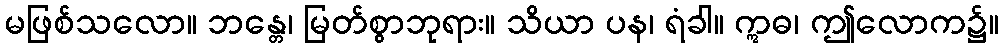
မဖြစ်သလော။ ဘန္တေ၊ မြတ်စွာဘုရား။ သိယာ ပန၊ ရံခါ။ ဣဓ၊ ဤလောက၌။